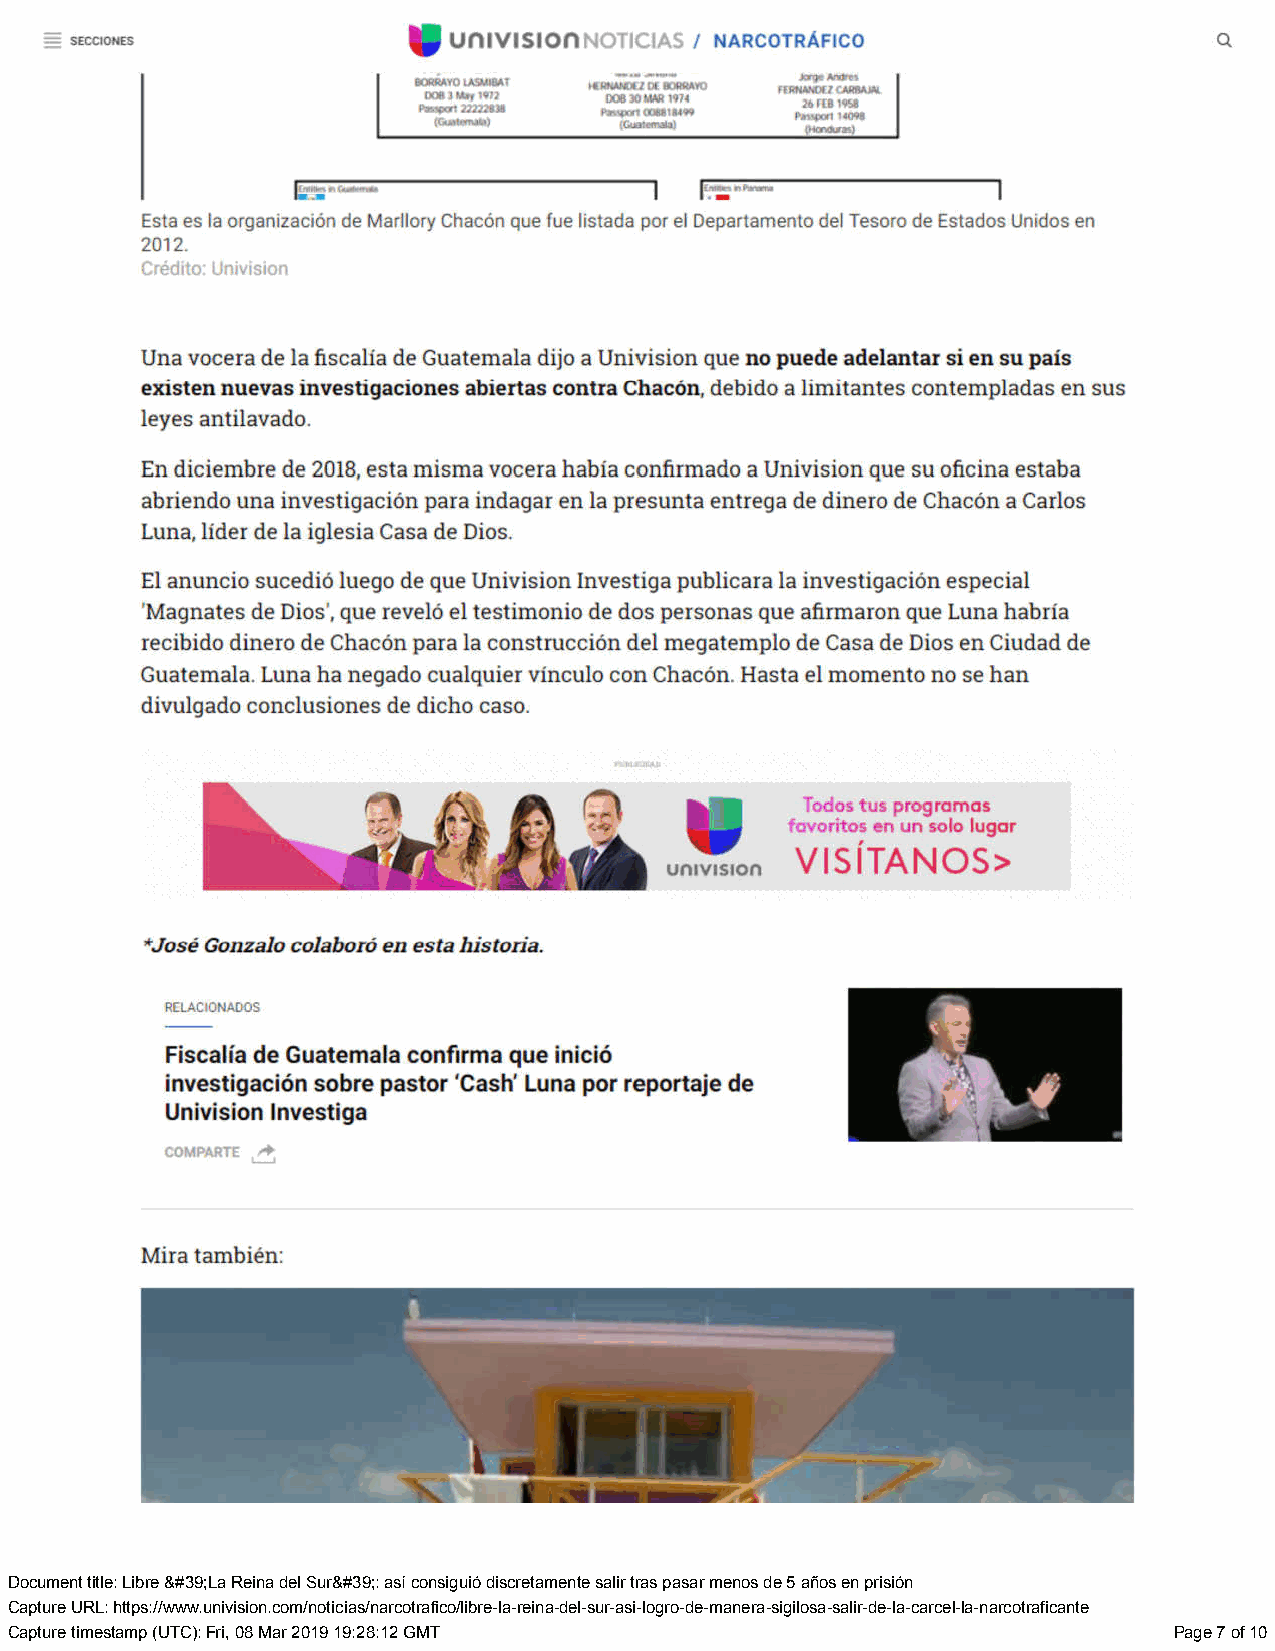
Document title: Libre &#39;La Reina del Sur&#39;: así consiguió discretamente salir tras pasar menos de 5 años en prisión
 Capture URL: https://www.univision.com/noticias/narcotrafico/libre-la-reina-del-sur-asi-logro-de-manera-sigilosa-salir-de-la-carcel-la-narcotraficante
 Capture timestamp (UTC): Fri, 08 Mar 2019 19:28:12 GMT                        Page 7 of 10